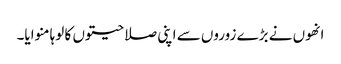
انھوں نے بڑے زوروں سے اپنی صلاحیتوں کا لوہا منوایا۔